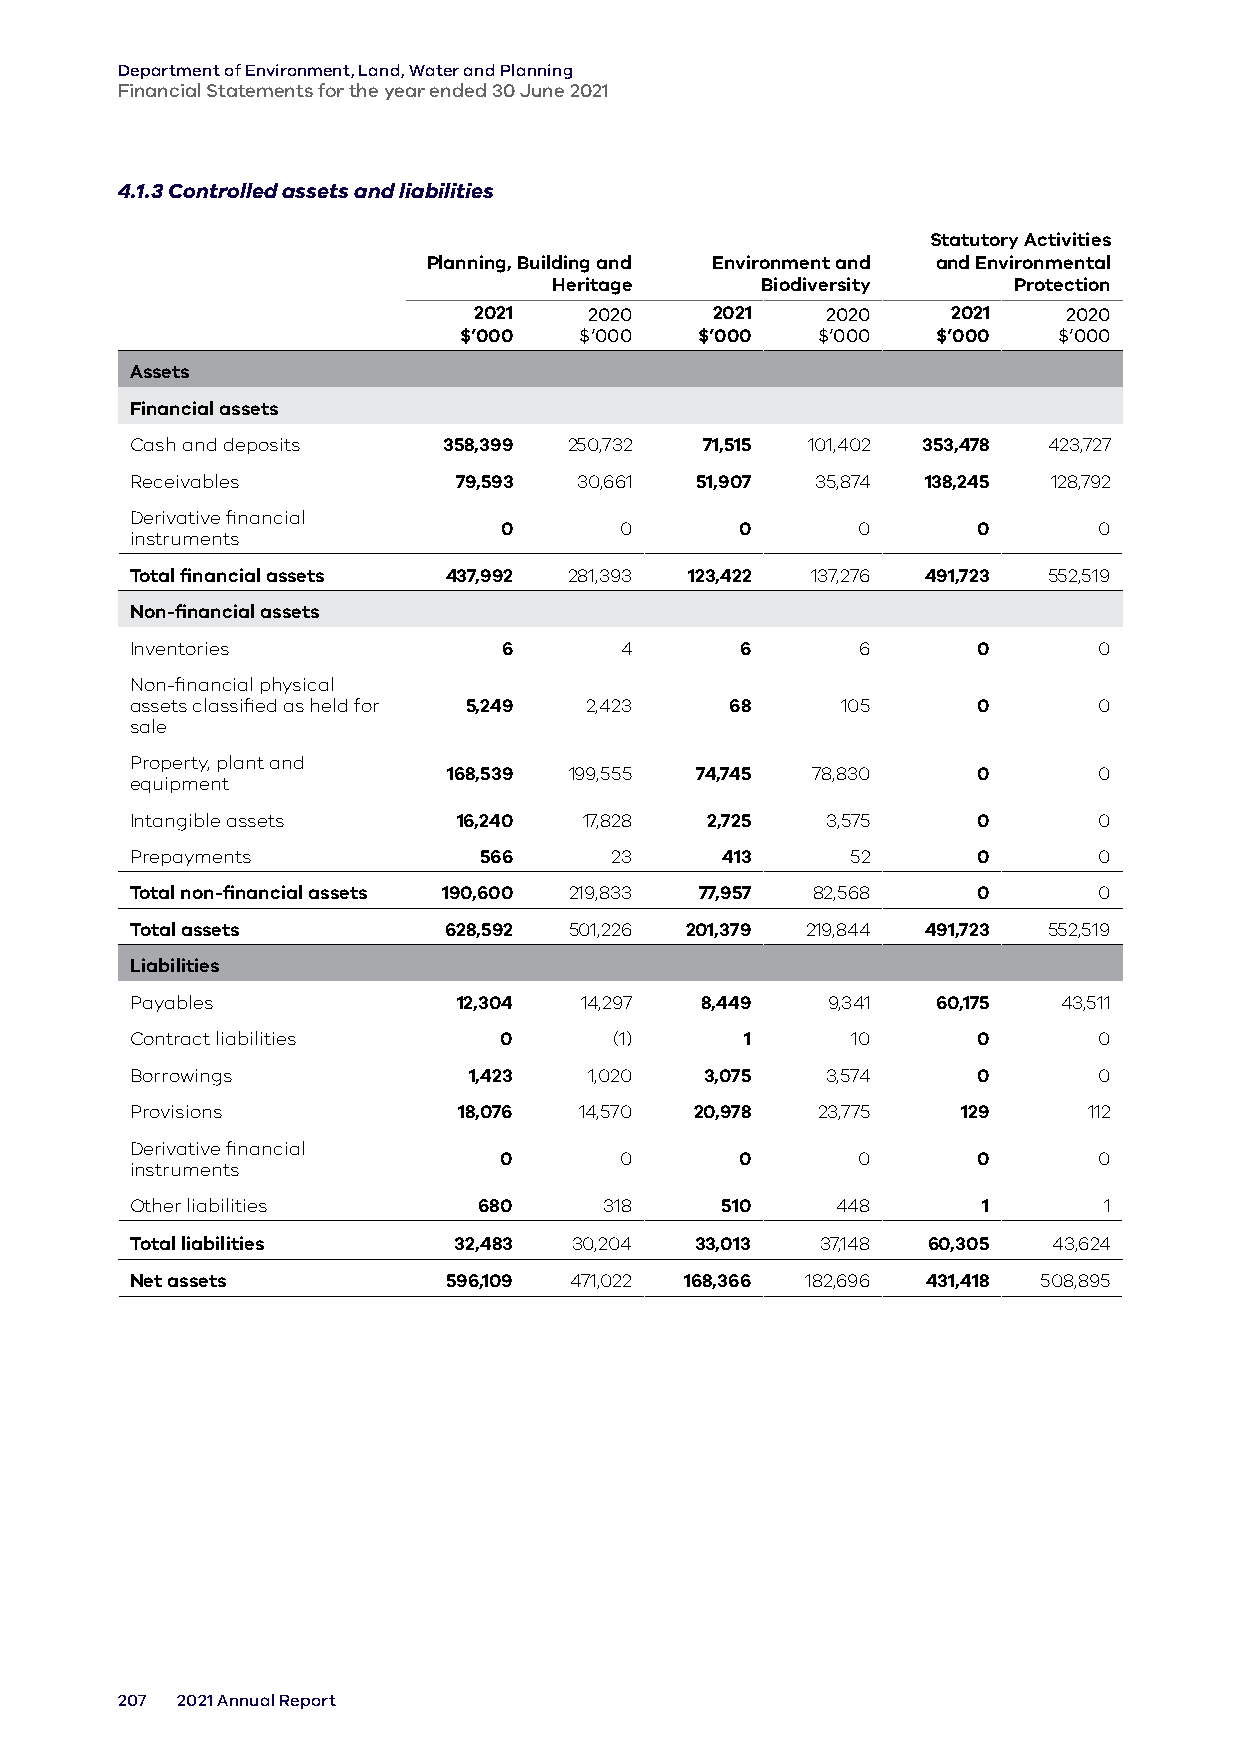
Department of Environment, Land, Water and Planning
 Financial Statements for the year ended 30 June 2021
 4.1.3 Controlled assets and liabilities
 Statutory Activities
 Planning, Building and Environment and and Environmental
 Heritage     Biodiversity     Protection
 2021    2020    2021    2020    2021    2020
 $’000   $’000   $’000   $’000   $’000   $’000
 Assets
 Financial assets
 Cash and deposits   358,399  250,732 71,515 101,402 353,478 423,727
 Receivables          79,593  30,661  51,907  35,874 138,245  128,792
 Derivative financial
 0       0       0       0       0       0
 instruments
 Total financial assets 437,992 281,393 123,422 137,276 491,723 552,519
 Non-financial assets
 Inventories             6       4       6       6       0       0
 Non-financial physical
 assets classified as held for 5,249 2,423 68   105      0       0
 sale
 Property, plant and
 168,539 199,555 74,745  78,830     0       0
 equipment
 Intangible assets    16,240   17,828  2,725   3,575     0       0
 Prepayments            566     23      413     52       0       0
 Total non-financial assets 190,600 219,833 77,957 82,568 0      0
 Total assets        628,592  501,226 201,379 219,844 491,723 552,519
 Liabilities
 Payables             12,304  14,297  8,449    9,341  60,175  43,511
 Contract liabilities    0       (1)     1      10       0       0
 Borrowings            1,423   1,020   3,075   3,574     0       0
 Provisions           18,076  14,570  20,978  23,775    129     112
 Derivative financial
 0       0       0       0       0       0
 instruments
 Other liabilities      680     318     510    448       1       1
 Total liabilities    32,483  30,204  33,013  37,148 60,305   43,624
 Net assets          596,109  471,022 168,366 182,696 431,418 508,895
 207 2021 Annual Report